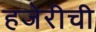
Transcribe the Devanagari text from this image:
हजेरीची